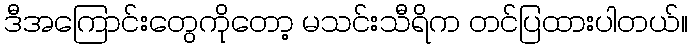
ဒီအကြောင်းတွေကိုတော့ မသင်းသီရိက တင်ပြထားပါတယ်။